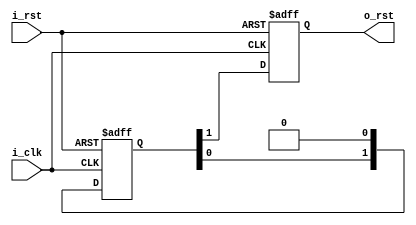
// Project F: Async Reset
// (C)2019 Will Green, Open source hardware released under the MIT License
// Learn more at https://projectf.io

module async_reset(
    input  wire i_clk,      // clock
    input  wire i_rst,      // reset (active high)
    output reg  o_rst       // output reset
    );

    (* ASYNC_REG = "TRUE" *) reg [1:0] rst_shf;  // reset shift reg

    initial o_rst = 1'b1;       // start off with reset asserted
    initial rst_shf = 2'b11;    //  and reset shift reg populated

    always @(posedge i_clk or posedge i_rst)
    if (i_rst)
        {o_rst, rst_shf} <= 3'b111;
    else
        {o_rst, rst_shf} <= {rst_shf, 1'b0};

endmodule